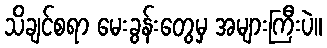
သိချင်စရာ မေးခွန်းတွေမှ အများကြီးပဲ။